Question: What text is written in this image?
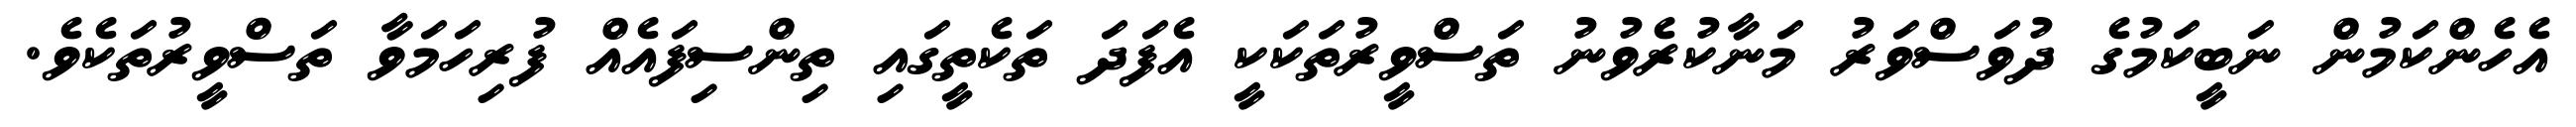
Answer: އެހެންކަމުން ނަބީކަމުގެ ދުވަސްވަރު މަނާކުރެވުނު ތަސްވީރުތަކަކީ އެފަދަ ތަކެތީގައި ތިންސިފައެއް ފުރިހަމަވާ ތަސްވީރުތަކެވެ.